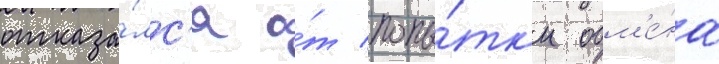
отказа́лс'я о́т попы́тк'и обм'е́на